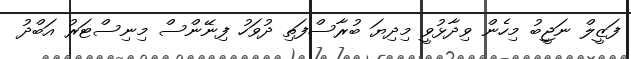
ފަޒީލް ނަޖީބު މިހެން ވިދާޅުވީ މިދިޔަ ބުރާސްފަތި ދުވަހު ފިނޭންސް މިނިސްޓަރު އަބްދު